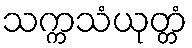
သက္ကသံယုတ္တံ